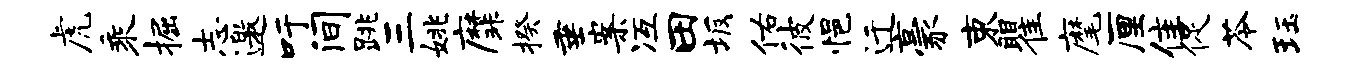
虎乘掘志邀吁间跳三姚縻揆垂案冱田坂佑彼悒迁豪束瞿麾厘隹促苓珏